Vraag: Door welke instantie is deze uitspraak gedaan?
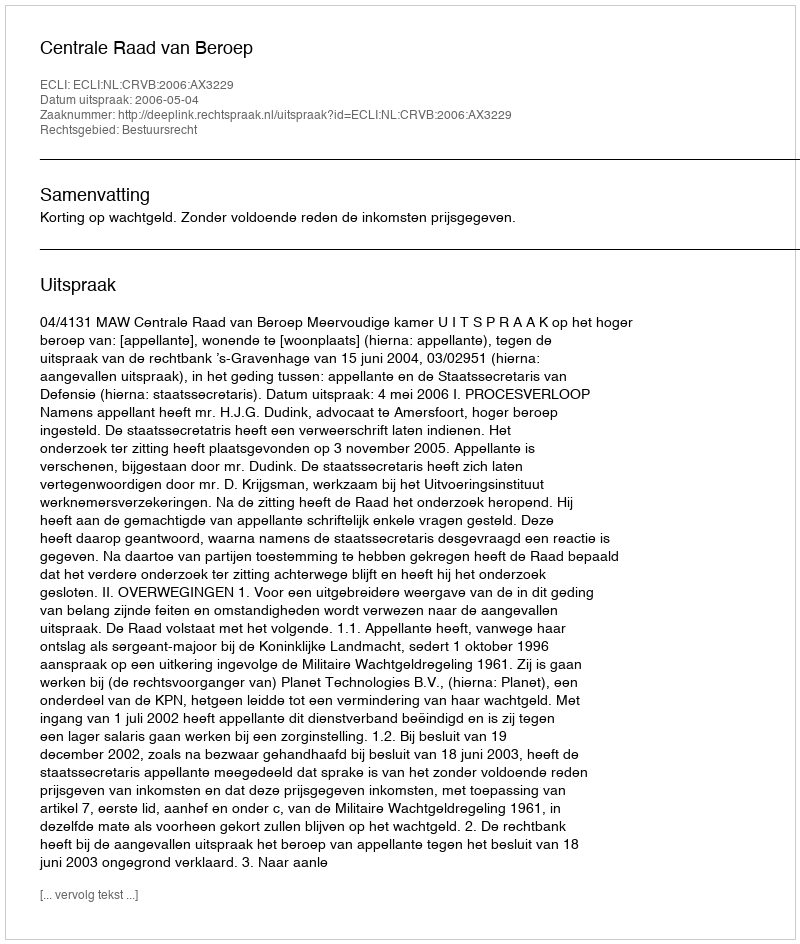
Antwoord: Centrale Raad van Beroep